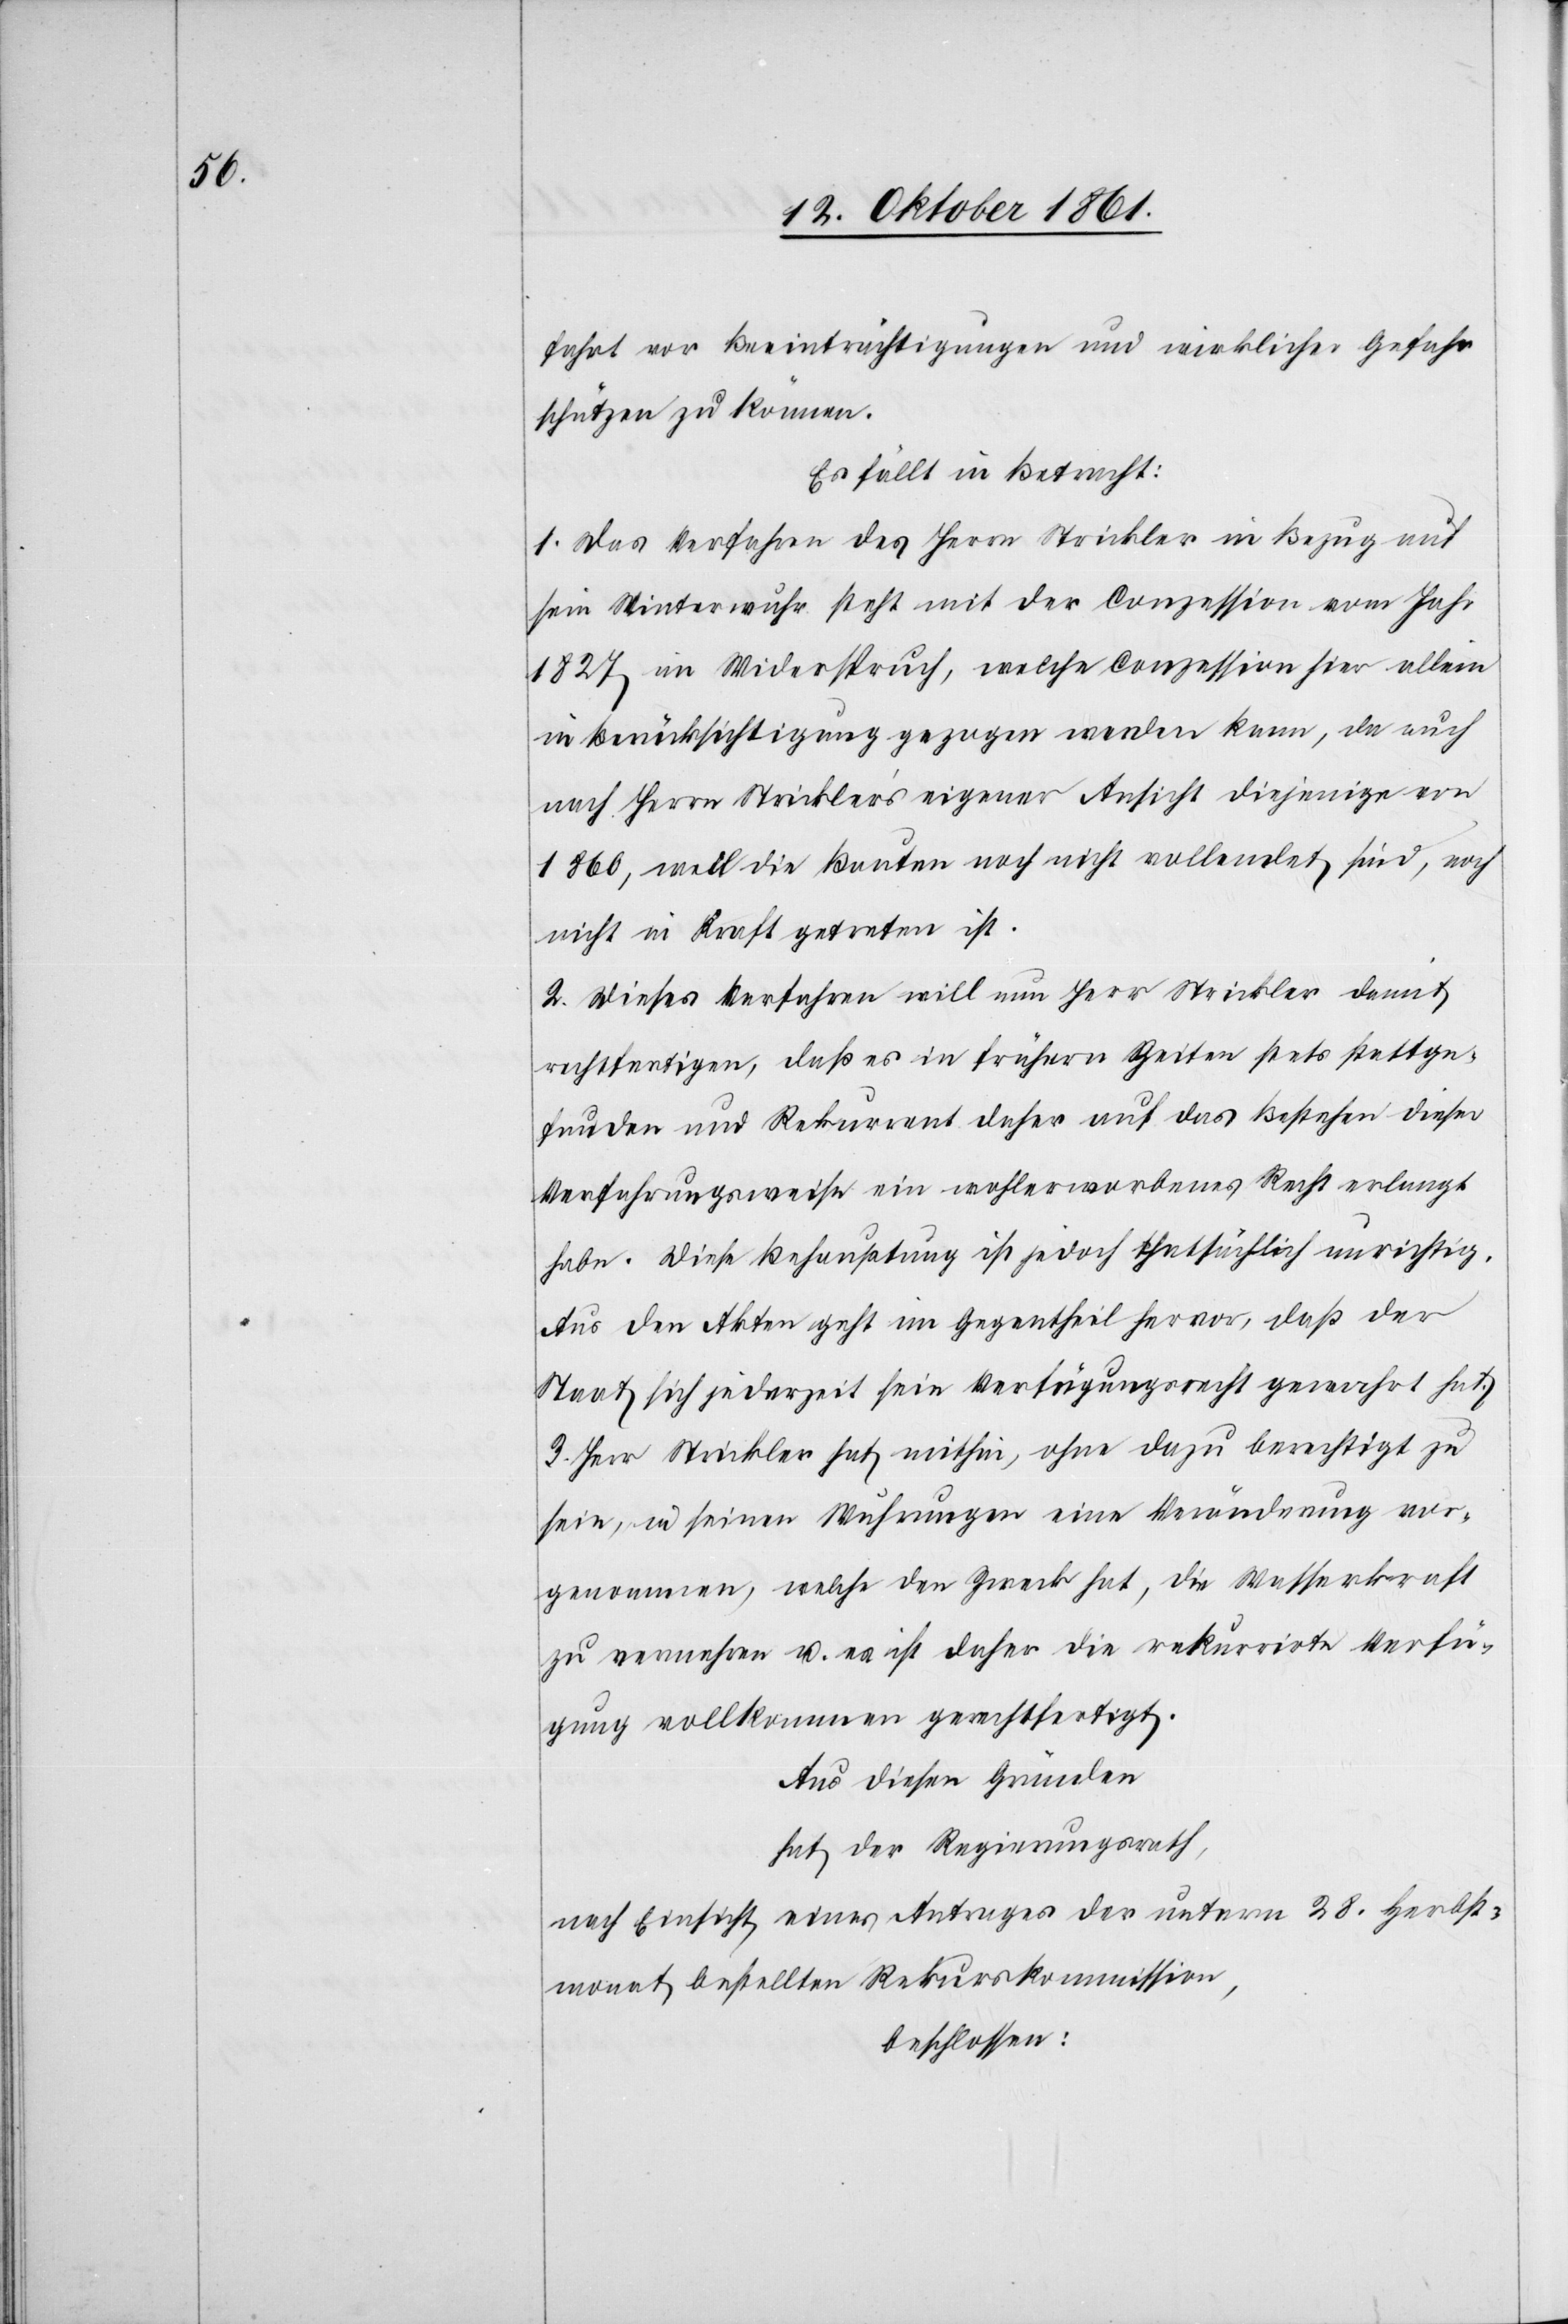
fahrt vor Beeinträchtigungen und wirklicher Gefahr
schützen zu können.
Es fällt in Betracht:
1. Das Verfahren des Herrn Strickler in Bezug auf
sein Winterwuhr steht mit der Conzession vom Jahr
1827 in Widerspruch, welche Conzession hier allein
in Berücksichtigung gezogen werden kann, da auch
nach Herrn Strickler’s eigener Ansicht diejenige von
1860, weil die Bauten noch nicht vollendet sind, noch
nicht in Kraft getreten ist.
2. Dieses Verfahren will nun Herr Strickler damit
rechtfertigen, daß es in frühern Zeiten stets stattge¬
funden und Rekurrent daher auf das Bestehen dieser
Verfahrungsweise ein wohlerworbenes Recht verlangt
habe. Diese Behauptung ist jedoch thatsächlich unrichtig.
Aus den Akten geht im Gegentheil hervor, daß der
Staat sich jederzeit sein Verfügungsrecht gewahrt hat.
3. Herr Strickler hat mithin, ohne dazu berechtigt zu
sein, in seinen Wuhrungen eine Veränderung vor¬
genommen, welche den Zweck hat, die Wasserkraft
zu vermehren u. es ist daher die rekurrirte Verfü¬
gung vollkommen gerechtfertigt.
Aus diesen Gründen
hat der Regierungsrath,
nach Einsicht eines Antrages der unterm 28 Herbs¬
monat bestellten Rekurskommission,
beschlossen: